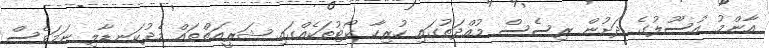
އާންމު އުސޫލުގެ ދަށުން ރިސެސް މުއްދަތުގައި ހުރިހާ ކޯޓުތަކެއްގައި ޝަރީއަތްތައް މެދުކަނޑާލި ނަމަވެސް